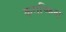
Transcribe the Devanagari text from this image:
कराच्किना